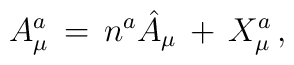
A^a_\mu \, = \, n^a \hat{A}_\mu \, + \, X^a_\mu \, ,